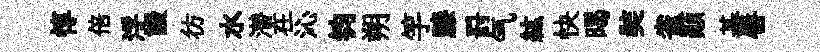
惇倍浮謾彷水潜在沁钧朔竽膝罸气紘快暍奘雀顚綦唇